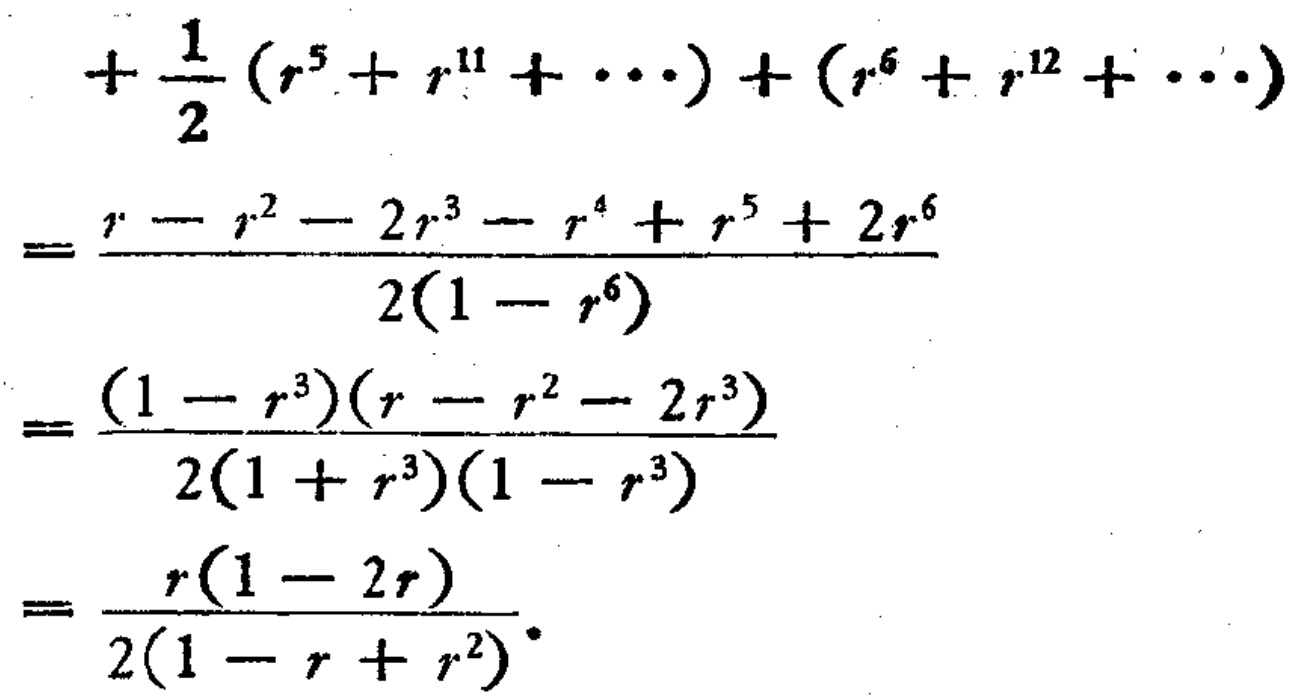
\[
\begin{align*}
&+\frac{1}{2}(r^{5}+r^{11}+\cdots)+(r^{6}+r^{12}+\cdots)\\
=&\frac{r - r^{2}-2r^{3}-r^{4}+r^{5}+2r^{6}}{2(1 - r^{6})}\\
=&\frac{(1 - r^{3})(r - r^{2}-2r^{3})}{2(1 + r^{3})(1 - r^{3})}\\
=&\frac{r(1 - 2r)}{2(1 - r + r^{2})}
\end{align*}
\]